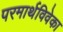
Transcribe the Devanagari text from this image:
परमार्थविवेका